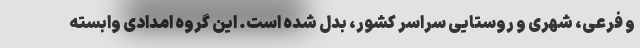
و فرعی، شهری و روستایی سراسر کشور، بدل شده است. این گروه امدادی وابسته